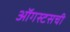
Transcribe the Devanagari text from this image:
ऑगस्टसची